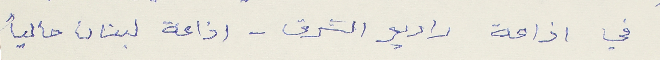
في اذاعة راديو الشرق - اذاعة لبنان حالياً